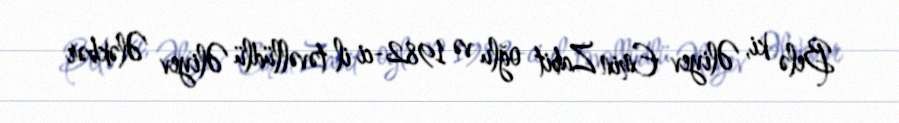
Belə ki, Əliyev Emin Zabit oğlu və 1982-ci il təvəllüdlü Əliyev Ələkbər